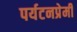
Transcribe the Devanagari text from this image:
पर्यटनप्रेमी